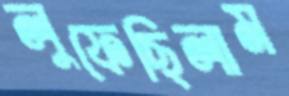
লুফেছিলাম